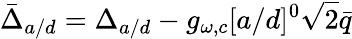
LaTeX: \bar{\Delta}_{a/d}=\Delta_{a/d}-g_{\omega,c}[a/\smash{d}]^{0}\sqrt{2}\bar{q}